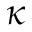
\kappa